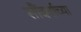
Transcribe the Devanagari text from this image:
सौंदर्याच्या